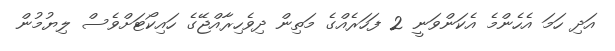
އަދި ހަމަ އެހެންމެ އެކަންވަނީ 2 ފަހަރެއްގެ މަތިން ދިވެހިރާއްޖޭގެ ހައިކޯޓަށްވެސް ލިޔުމުން